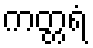
ကတ္တရံ